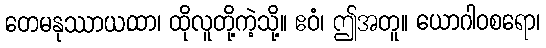
တေမနုဿာယထာ၊ ထိုလူတို့ကဲ့သို့။ ဧဝံ၊ ဤအတူ။ ယောဂါဝစရော၊